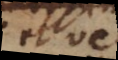
et c